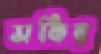
সকির